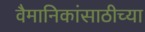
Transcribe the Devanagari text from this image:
वैमानिकांसाठीच्या